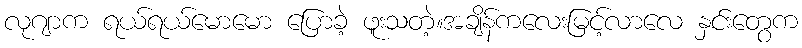
လုဂျာက ရယ်ရယ်မောမော ပြောခဲ့ ဖူးသတဲ့။အချိန်ကလေးမြင့်လာလေ နှင်းတွေက